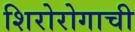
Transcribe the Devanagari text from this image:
शिरोरोगाची